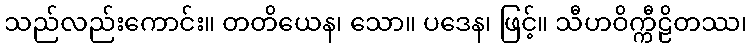
သည်လည်းကောင်း။ တတိယေန၊ သော။ ပဒေန၊ ဖြင့်။ သီဟဝိက္ကီဠိတဿ၊